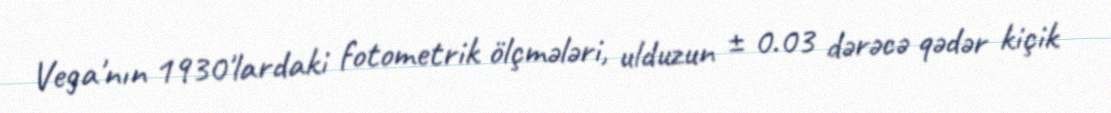
Vega'nın 1930'lardaki fotometrik ölçmələri, ulduzun ± 0.03 dərəcə qədər kiçik